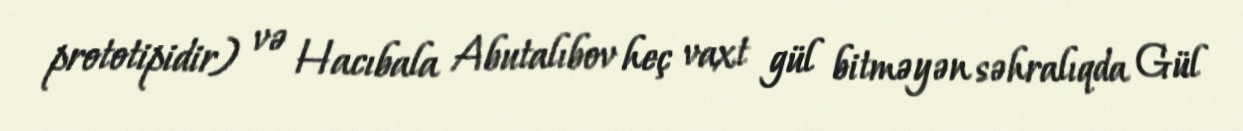
prototipidir) və Hacıbala Abutalıbov heç vaxt gül bitməyən səhralıqda Gül